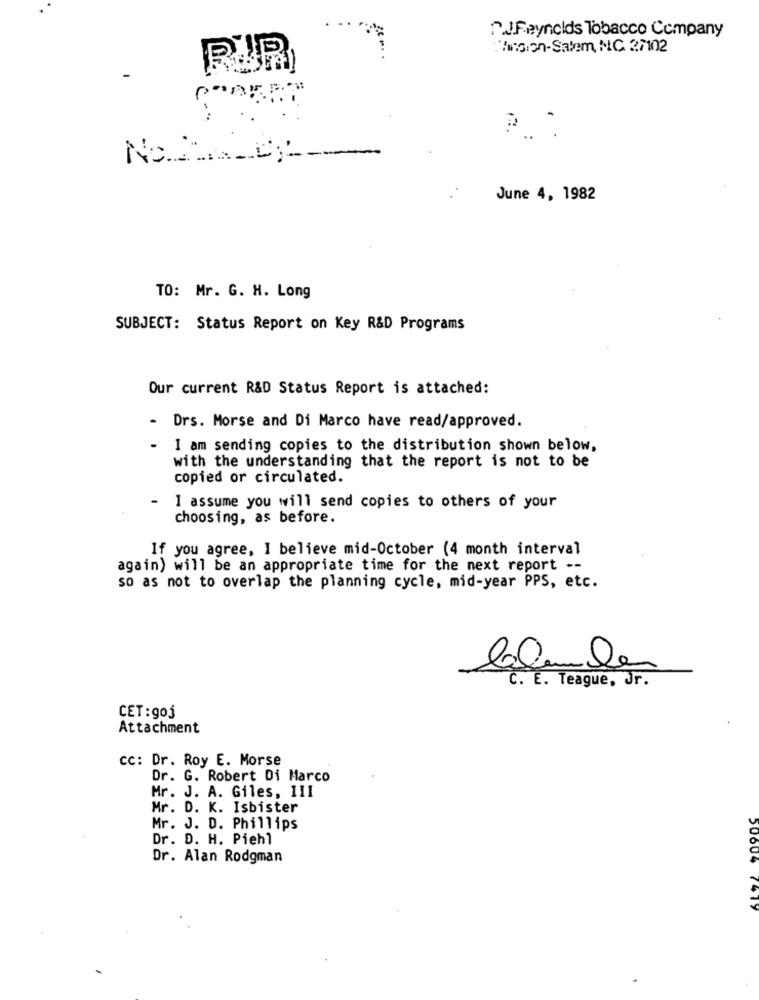
D.J.Reynolds Tobacco Company
Ansion-Salem, NC 27102
RUR
NOC
June 4, 1982
TO: Mr. G. H. Long
SUBJECT: Status Report on Key R&D Programs
Our current R&D Status Report is attached:
- Drs. Morse and Di Marco have read/approved.
I am sending copies to the distribution shown below,
with the understanding that the report is not to be
copied or circulated.
I assume you will send copies to others of your
choosing, as before.
If you agree, I believe mid-October (4 month interval
again) will be an appropriate time for the next report --
so as not to overlap the planning cycle, mid-year PPS, etc.
Calmben
C. E. Teague, Jr.
CET: goj
Attachment
cc: Dr. Roy E. Morse
Dr. G. Robert Di Marco
Mr. J. A. Giles, III
Mr. D. K. Isbister
Mr. J. D. Phillips
Dr. D. H. Piehl
Dr. Alan Rodgman
20604 7419